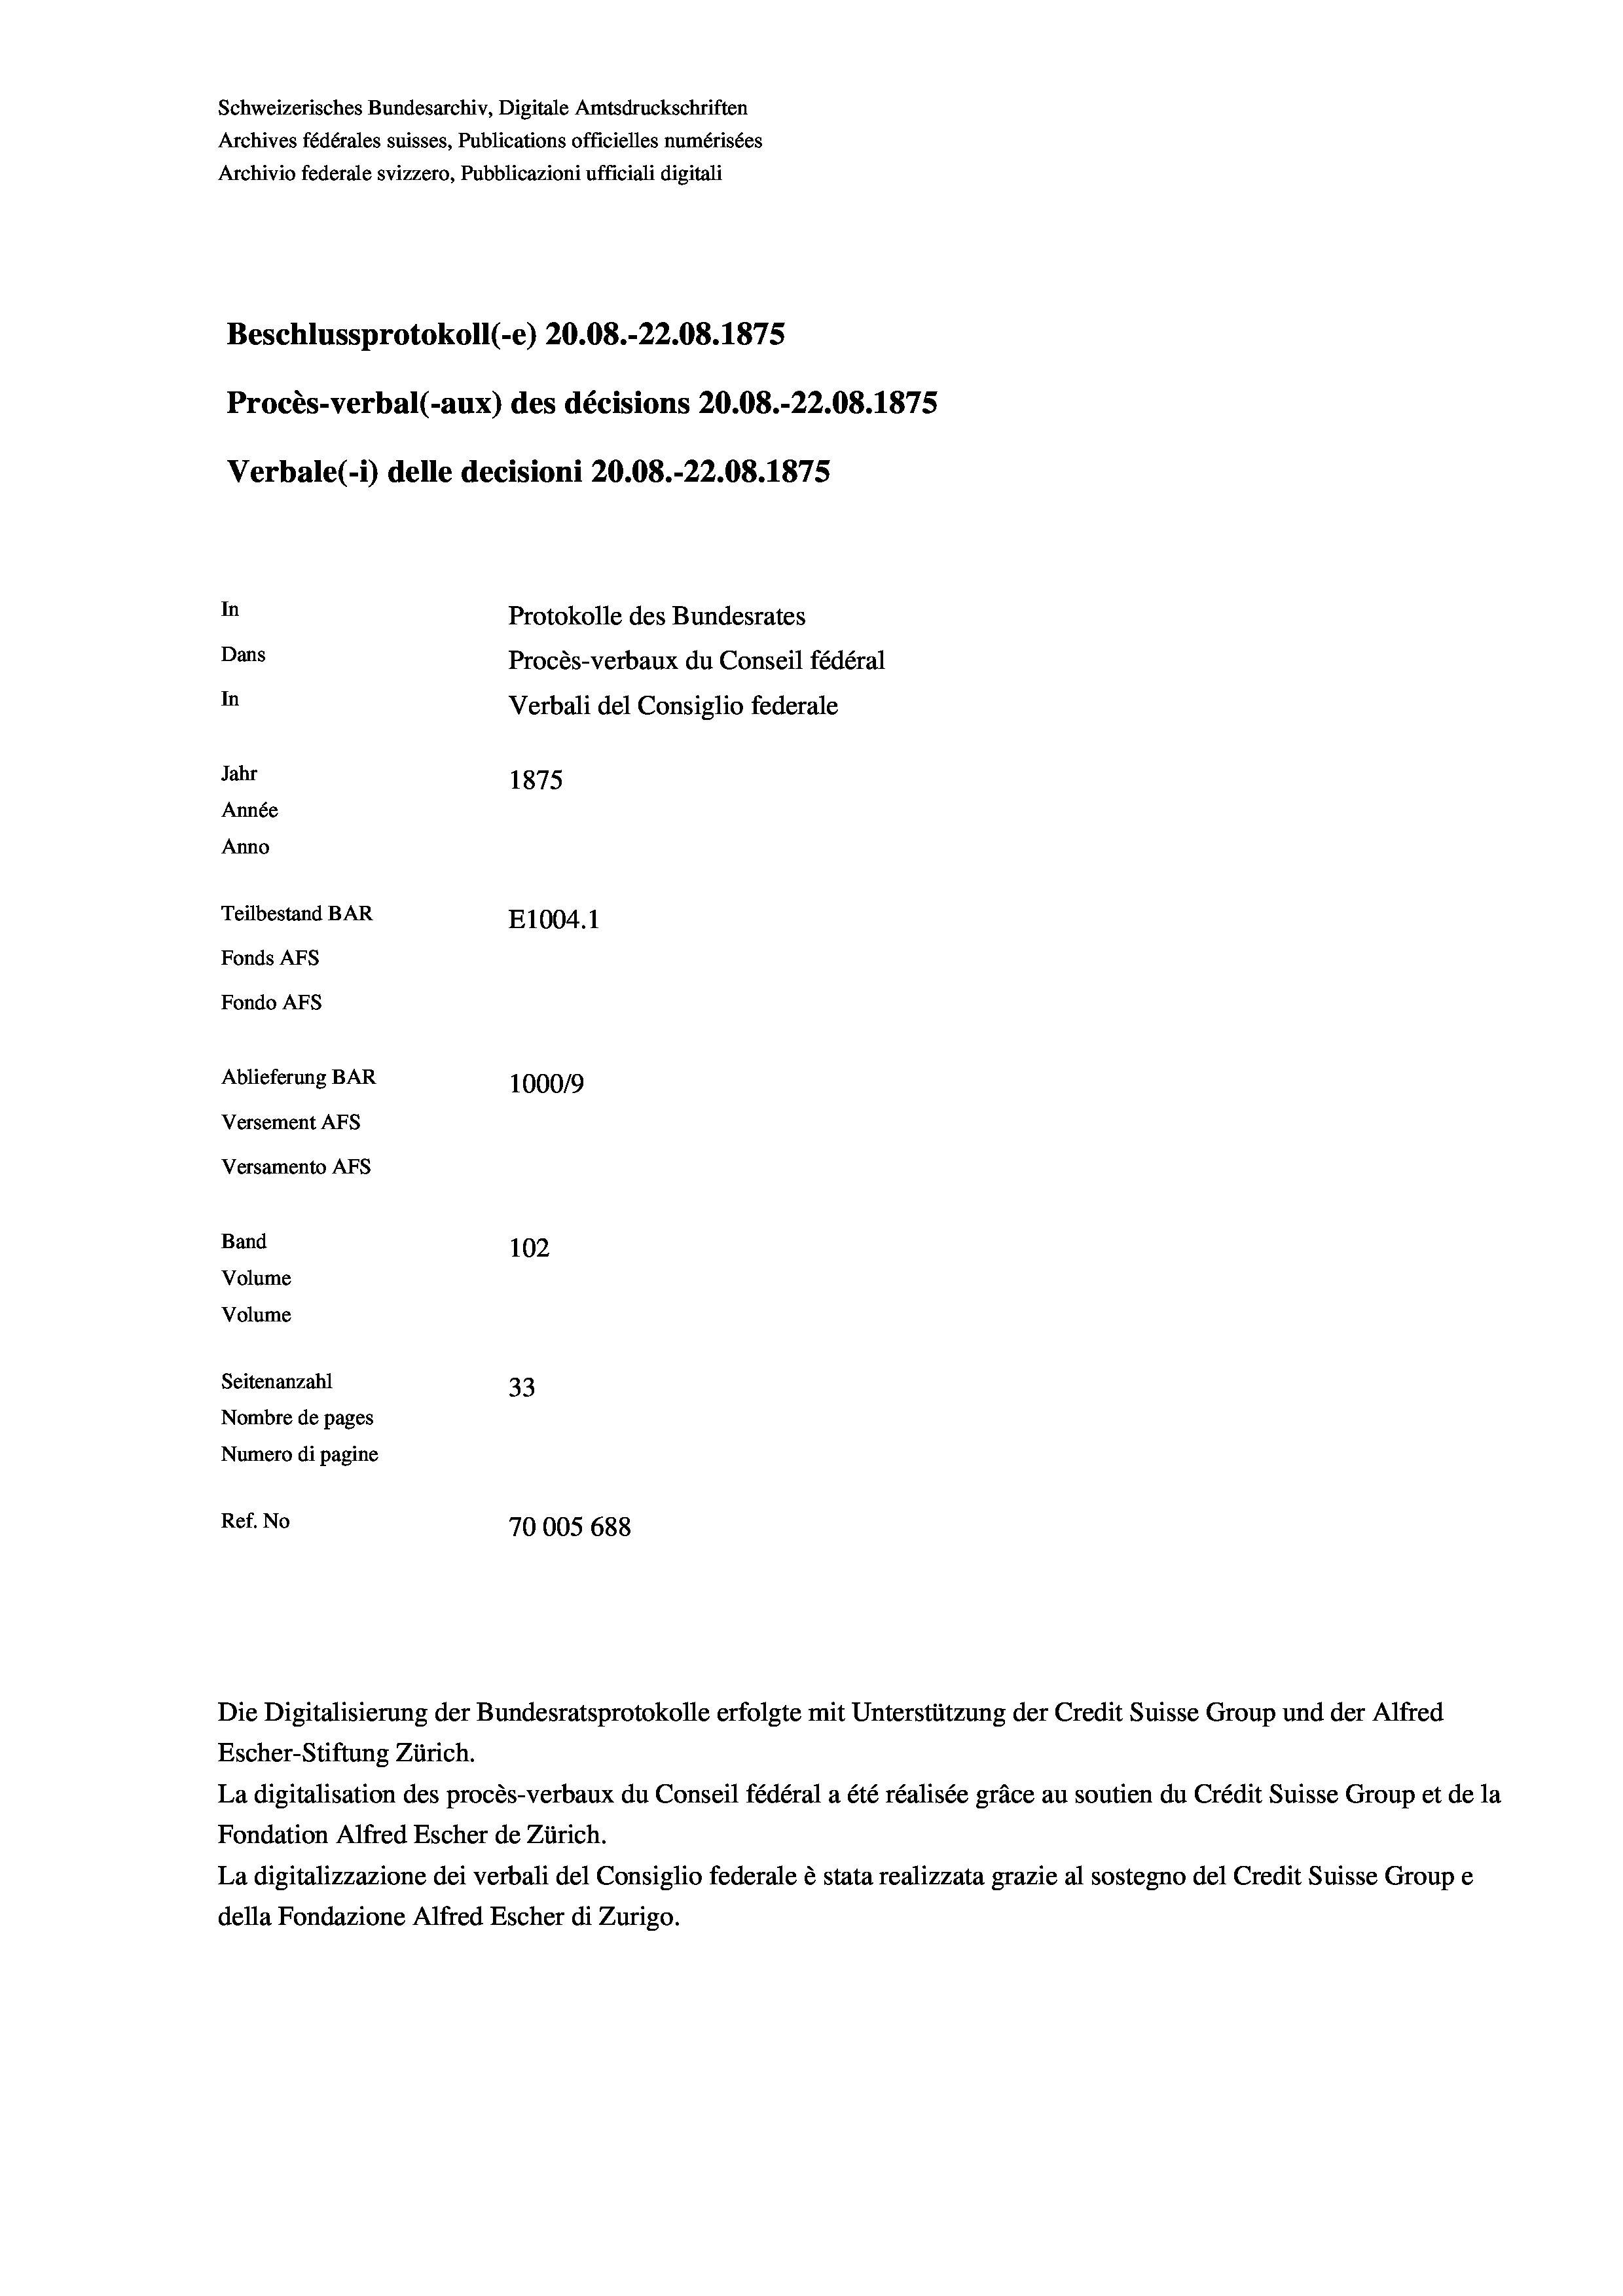
Schweizerisches Bundesarchiv, Digitale Amtsdruckschriften
Archives fédérales suisses, Publications officielles numérisées
Archivio federale svizzero, Pubblicazioni ufficiali digitali
Beschlussprotokoll (-e) 20.08.-22.08. 1875
Procès-verbal (-aux) des décisions 20.08.-22.08. 1875
Verbale(*) delle decisioni 20.08.-22.08. 1875
In
Protokolle des Bundesrates
Dans
Procès-verbaux du Conseil fédéral
In
Verbali del Consiglio federale
Jahr
1875
Année
Anno
Teilbestand BAR
E1004. 1
Fonds AFs
Fondo Afs
Ablieferung BAR
100019
Versement Ans
Versamento AFs

102
Seitenanzahl
33
Nombre de pages
Numero di pagine
Ref. No
70005 688

Band
Volume

Volume

Die Digitalisierung der Bundesratsprotokolle erfolgte mit Unterstützung der Credit Suisse Group und der Alfred
Escher-Stiftung Zürich.
La digitalisation des procès-verbaux du Conseil fédéral a été réalisée gräce au soutien du Crédit Suisse Group et de la
Fondation Alfred Escher de Zürich.
La digitalizzazione dei verbali del Consiglio federale è stata realizzata grazie al sostegno del Credit Suisse Groupe
della Fondazione Alfred Escher di Zurigo.